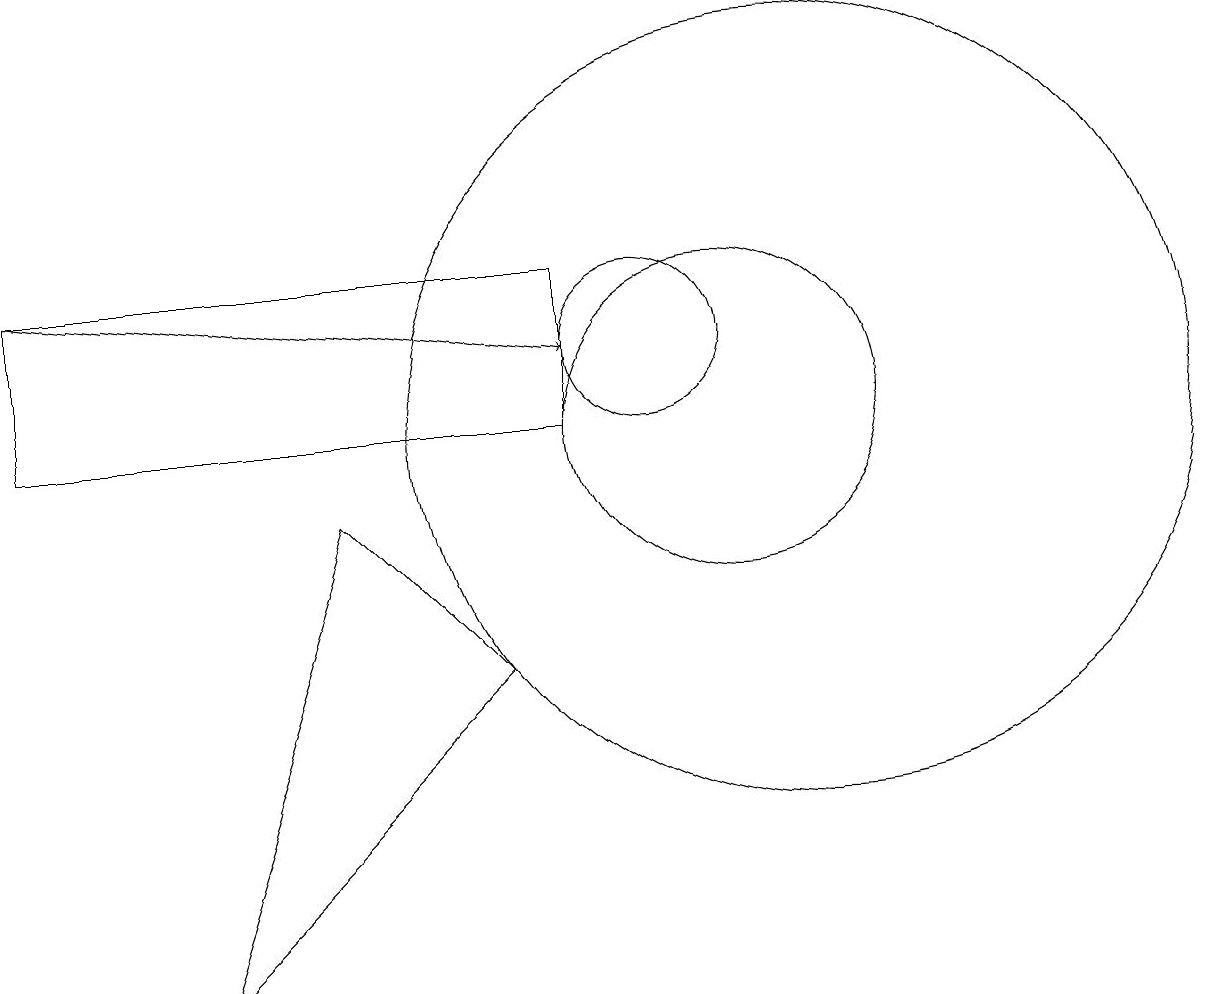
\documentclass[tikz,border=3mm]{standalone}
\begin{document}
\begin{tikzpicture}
\draw[->] (2,12) -- (9,11);
\draw (12,10) circle (5);
\draw (11,10) circle (2);
\draw (2,12) rectangle (9,10);
\draw (10,11) circle (1);
\draw (4,3) -- (6,9) -- (8,7) -- cycle;
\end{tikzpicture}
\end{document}